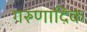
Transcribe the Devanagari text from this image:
गरुणादिक